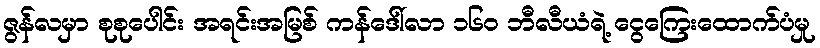
ဇွန်လမှာ စုစုပေါင်း အရင်းအမြစ် ကန်ဒေါ်လာ ၁၆၀ ဘီလီယံရဲ့ ငွေကြေးထောက်ပံမှု